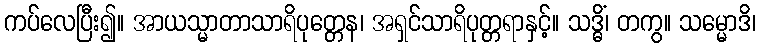
ကပ်လေပြီး၍။ အာယသ္မာတာသာရိပုတ္တေန၊ အရှင်သာရိပုတ္တရာနှင့်။ သဒ္ဓိံ၊ တကွ။ သမ္မောဒိ၊